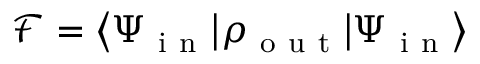
\mathcal { F } = { \left\langle \Psi _ { \mathrm { ~ i ~ n ~ } } \right\vert ^ { } } \rho _ { \mathrm { ~ o ~ u ~ t ~ } } { \left\vert \Psi _ { \mathrm { ~ i ~ n ~ } } \right\rangle }